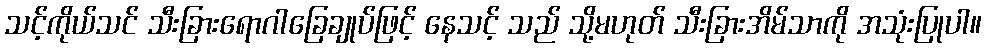
သင့်ကိုယ်သင် သီးခြားရောဂါခြေချုပ်ဖြင့် နေသင့် သည် သို့မဟုတ် သီးခြားအိမ်သာကို အသုံးပြုပါ။